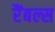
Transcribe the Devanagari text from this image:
रैंबल्स